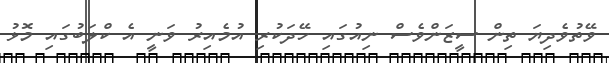
ވޭތުވެދިޔަ ތިން ސީޒަންވެސް ނިއުގައި ހޭދަކުރި އުމެއިރު ވަނީ އެ ކްލަބުގައި މޮޅު